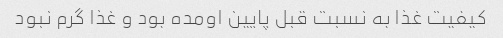
کیفیت غذا به نسبت قبل پایین اومده بود و غذا گرم نبود